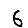
Digit: 6